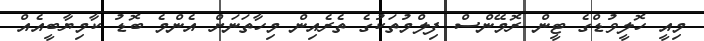
މިއީ ހޮލީވުޑްގެ ޓީން ރޮމޭންސް ފިލްމުތަކުގެ ތެރެއިން މިހާތަނަށް އެންމެ ބޮޑު ކާމިޔާބީއެއް